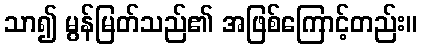
သာ၍ မွန်မြတ်သည်၏ အဖြစ်ကြောင့်တည်း။